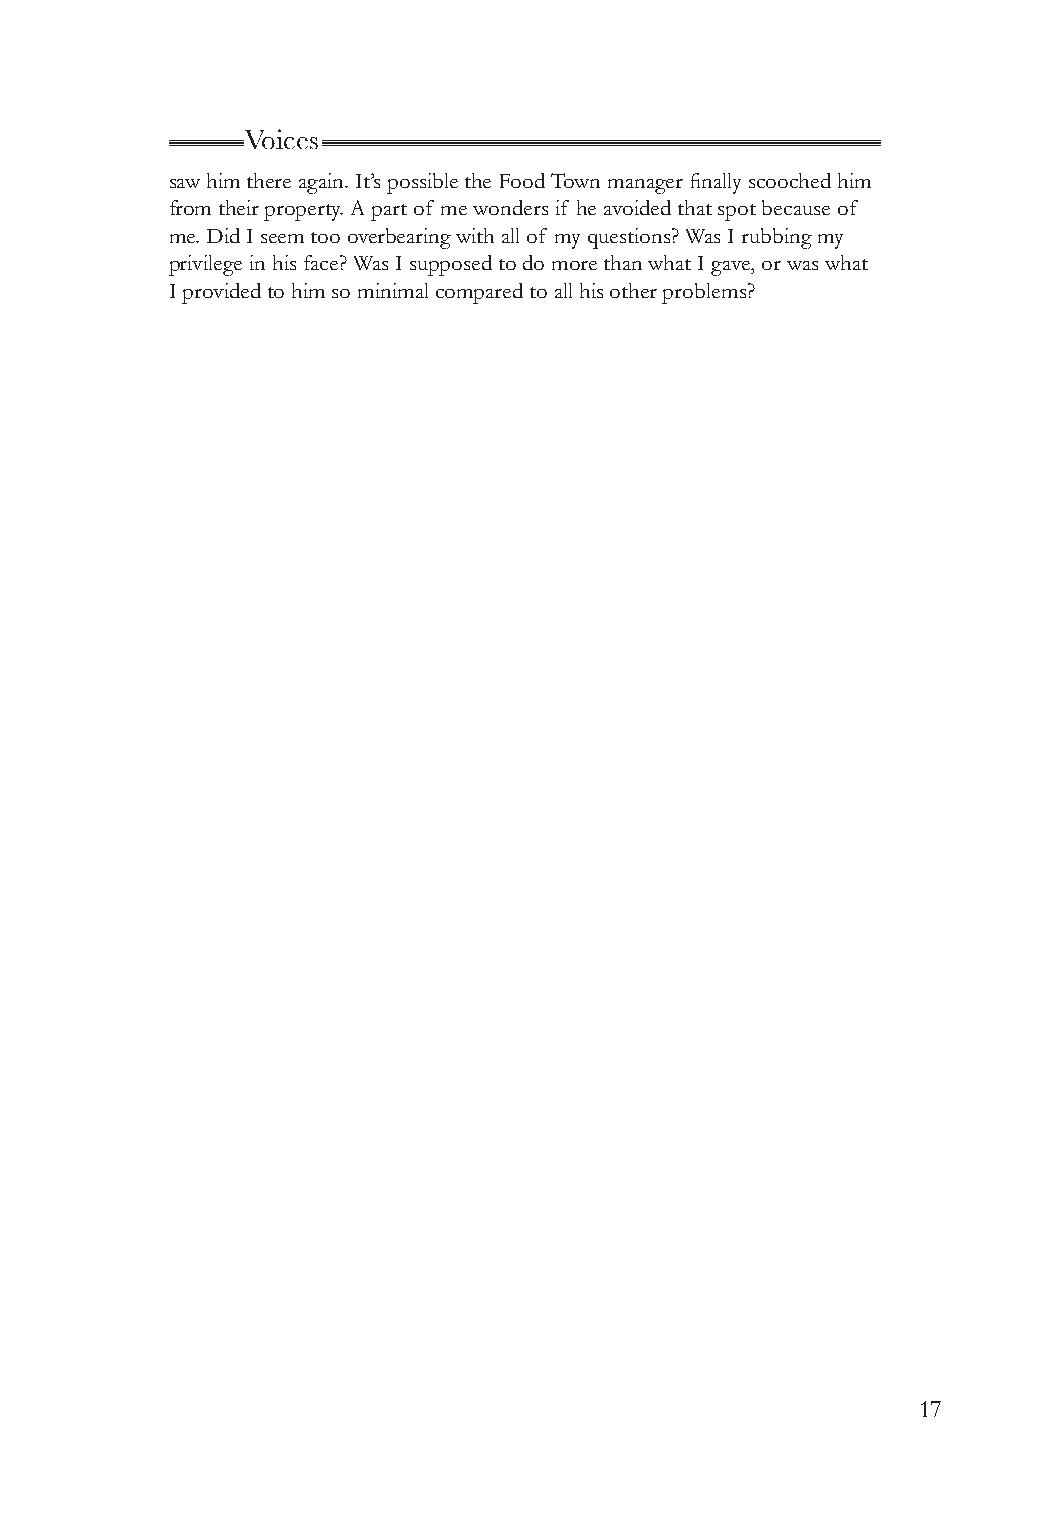
Voices
 saw him there again. It’s possible the Food Town manager finally scooched him
 from their property. A part of me wonders if he avoided that spot because of
 me. Did I seem too overbearing with all of my questions? Was I rubbing my
 privilege in his face? Was I supposed to do more than what I gave, or was what
 I provided to him so minimal compared to all his other problems?
 17